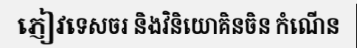
ភ្ញៀវទេសចរ និងវិនិយោគិនចិន កំណើន